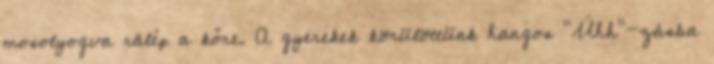
mosolyogva rálép a kőre. A gyerekek körülöttünk hangos "Úhh"-zásba